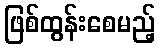
ဖြစ်ထွန်းစေမည့်